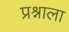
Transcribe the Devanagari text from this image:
प्रश्र्नाला